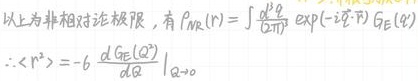
以上为非相对论极限，有$\rho_{NR}(\boldsymbol{r})=\int\frac{d^{3}Q}{(2\pi)^{3}}\exp(-i\widetilde{\boldsymbol{Q}}\cdot\boldsymbol{R})G_{E}(Q)$
$:\left\langle r^{2}\right\rangle=-6\left.\frac{dG_{E}(Q^{2})}{dQ^{2}}\right|_{Q\rightarrow0}$